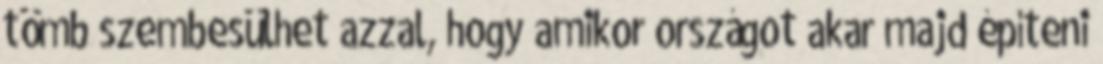
tömb szembesülhet azzal, hogy amikor országot akar majd építeni